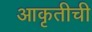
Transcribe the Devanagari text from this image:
आकृतीची